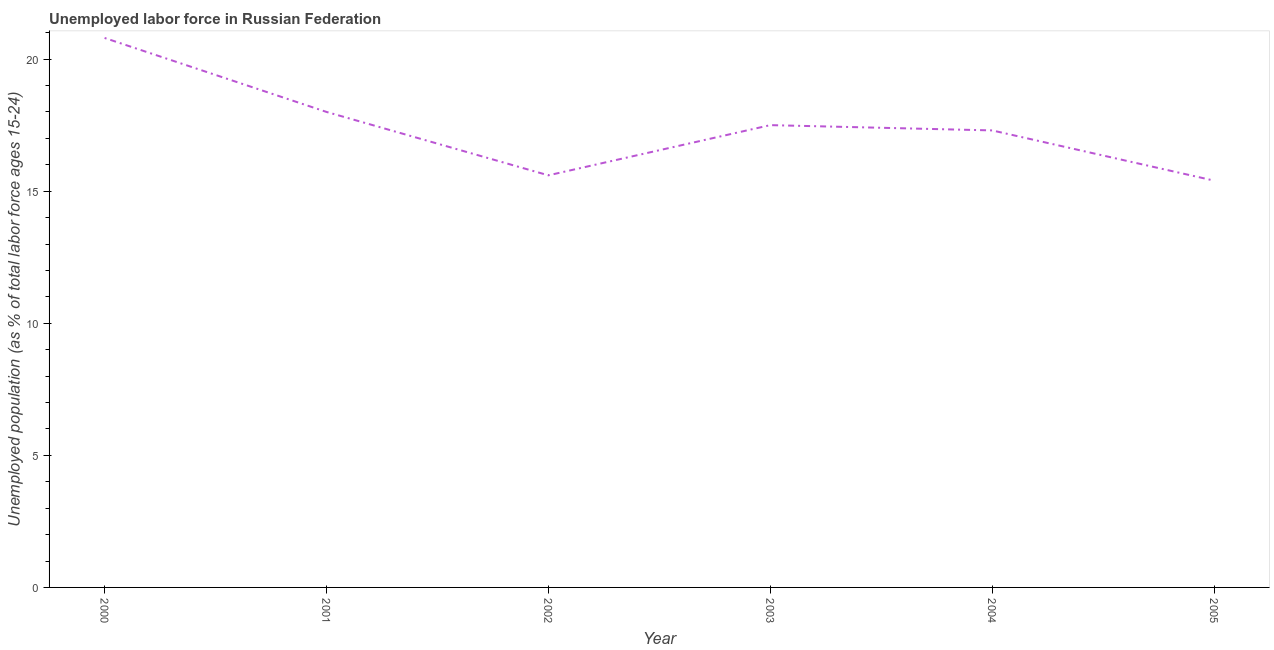
| Year | Unemployment |
 | --- | --- |
 | 2000 | 20.8 |
 | 2001 | 18 |
 | 2002 | 15.6 |
 | 2003 | 17.5 |
 | 2004 | 17.3 |
 | 2005 | 15.4 |